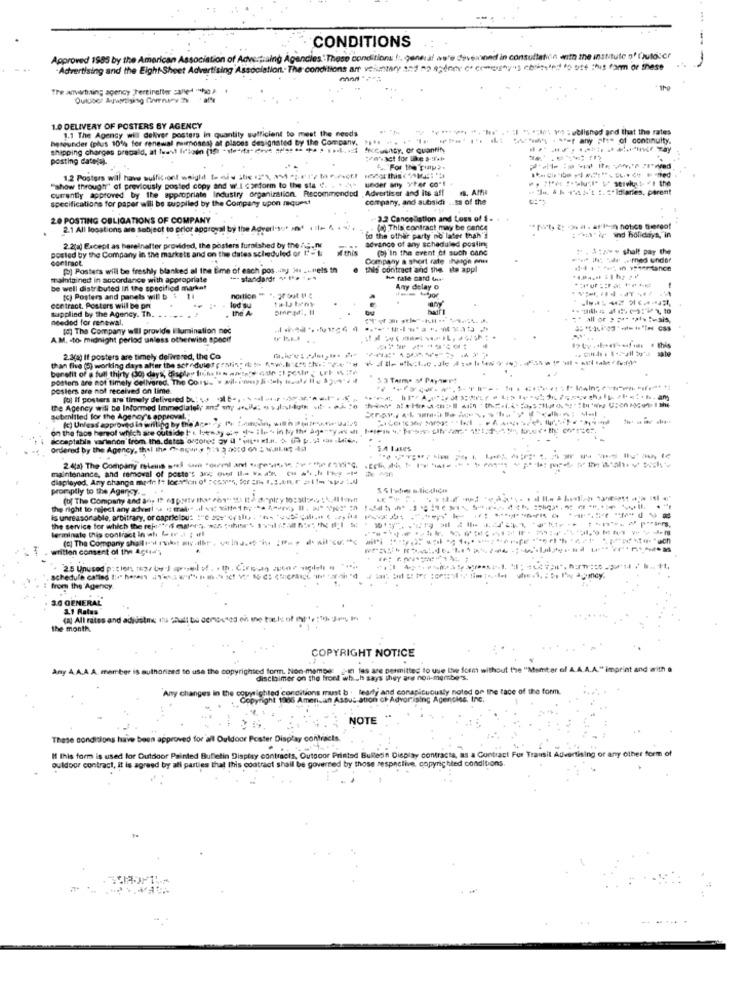
CONDITIONS
Approved 1985 by the American Association of Advertising Agencies.'These conditions !:. general is'e deveined in consultation with the institute of frutoser
Advertising and the Eight-Sheet Advertising Association .. The conditions arr veiutry an1 82 43dny e crireny's ched for this for these
Tre anything agency Pertinefter caneat "cho ) .
1hg
1.0 DELIVERY OF POSTERS BY AGENCY
1.1 The Agency wil deliver posters in quantily sufficient to meet the needs
: " W wo : eblished and that the rates
heseunder (plus 10% for renewal maimposes) at pinces designated by the Company.
$4 = any ":" of continuity.
shipping charges pracald, at least fr'toin (if - seite- deve 's ** *** . ..... is uty, or quantity
---------
posting dateis).
4. For the City).
1.2 Posters will have suffit ont weight te dis ifix 123, 2"9 " ;- 17 th ,FGf.l
under any y'Fer co"l
"show through" of previously posted copy and w.I carform to the sta ". . * **
currently approved by the appropriate Industry organization. Recommended , Advertiser and its aff
a . TAN' :"Idales, parent
specifications for paper will be supplied by the Company upon request
company, and subsidi .. Is of the
20 POSTING OBLIGATIONS OF COMPANY
3.2 Cancellation and Loss of 1 .
2.1 All locations are subject to prior approval by the Adver!"set on .: + 4 .,
(a) This contract may be cence
to the other party no later than's
advance of any scheduled posting
:-* A" ind holidays, in
posted by the Company in the markets and on the dates scheduled of t :- L
2.20g) Except as hereinafter provided, the posters furnished by the /5 .DE
this
(o) In the event of such canc
" . $:www shalt pay the
contraot.
Company a short rate ihharge enn
[] Posters will be freshly blanked al the Eme of each pos ... 34. ... tels In
this contract and the ate appl
maintained in accordance with appropriate
*-- standardr ***** -.
h* rate card tur
be well distributed In the specified market
nortion
Any delay o
[c) Posters and panels will b : 11
contract. Posters will be per
supplied by the Agency. Th.
. the A
lod su
needed for renewal,
[d] The Company will provide I lumination nec
A.M. - to midnight period unless otherwise specif
than five () working days after the schedules pratis: det (w .- esther: "e" file ;, ale #|4
2.3(a) If posters are timely delivered, the Co
benefit of a full thirty (o) days, display fiche Is ants's Cup :1 5P; LE
posters are not timely delivered. The Corys w wiill- re) & sul tate Ile $3ve'd
posters are not received on lime.
fol If posters are timely delivered by: vs -, - --- --**
the Agency will be Informed Immediately and' my ++ - -
-11
subenitled for the Agency's approval. "
(c) Unless approved in writing by the Agen ey IS foundin, will n (( ( ,, war
on the face hereof which are outside ! loews) :4 1- ile in Ny the age-ty -4
acceptable varianon from the.datos arcones zy ( "wig+ f.H. ) da p. s: the Lie .,
ordered by the Agency, thel the -apurs "1 2 86-w3;
5.4 IJRes
maintenance, and removal of poste's are; ovest Il= x ax u .h Py
displayed. Any change medin it location of ; csos, for : 1, 2,4,r pl
promptly to the Agency ....
(of The Company and an, It og pasty that Pos"its It & apry to ::
.. . ...
the right to reject any advet! a geral all vet wife ;- ) Il, a je ! .
is unreasonable, arbitrary, or capriclou: : "e "lu " ".
the service for which the rej:"/f owera. cz ; thises vil ! ! hel
terminate this contract in ah be -1 1 .
(0) The Company shall - ruhst mir .ilbr . ve InJ.+ "hs : ffe d wil'u;"℃
written consent of the Agua
2.5 Unused p: tien tex/ bw J spelet. . th, Cire-to zuene sagdel #
schedule called I:" homens (1-37 - 10 ici
from the Agency
3.0 GENERAL
2.1 Rates
(a) All rates and adjustme itus shall be comoused ch me tasks of Ip1, : 1). Jos, I
the month.
COPYRIGHT NOTICE
Any A.A.A. A. member is authorized to use the copyrighted form. Non-membe: 10 les are permitted to use the form without the "Mamiter of A.A.A.A." imprint and with a
disclaimer on the front which says they are non-mgrbe's.
Any changes in the copyrighted conditions must b . learly and conspicuously noted
just b :. learty and conspicuously noted on the face of the form.
spyright 1986 American Assut ation of Advertising Agencies.
+Advorising Agencies. Inc.
NOTE
These conditions have been approved for all Ouldoor Poster Display contracts.
If this form is used for Outdoor Painted Bulletin Display contracts, Outdoor Printed Bulleon Display contracts, as a Contract For Transit Advertising or any other form of
outdoor contract, it is agreed by all parties that this contract shall be go
d by those respective. copyrighted conditions.